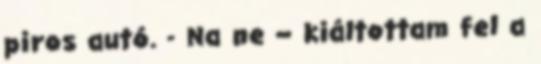
piros autó. - Na ne – kiáltottam fel a